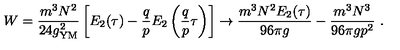
W = { \frac { m ^ { 3 } N ^ { 2 } } { 2 4 g _ { \mathrm { Y M } } ^ { 2 } } } \left[ E _ { 2 } ( \tau ) - { \frac { q } { p } } E _ { 2 } \left( { \frac { q } { p } } \tau \right) \right] \to { \frac { m ^ { 3 } N ^ { 2 } E _ { 2 } ( \tau ) } { 9 6 \pi g } } - { \frac { m ^ { 3 } N ^ { 3 } } { 9 6 \pi g p ^ { 2 } } } \ .